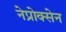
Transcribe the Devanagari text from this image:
नेप्रोक्सेन